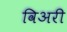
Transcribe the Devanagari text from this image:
विअरी